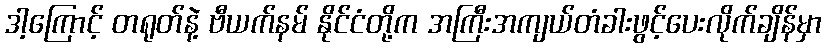
ဒါ့ကြောင့် တရုတ်နဲ့ ဗီယက်နမ် နိုင်ငံတို့က အကြီးအကျယ်တံခါးဖွင့်ပေးလိုက်ချိန်မှာ